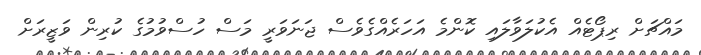
މައްޗަށް ރިޕޯޓެއް އެކުލަވާލައި ކޮންމެ އަހަރެއްގެވެސް ޖަނަވަރީ މަސް ހުސްވުމުގެ ކުރިން ވަޒީރަށް